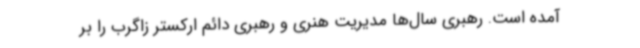
آمده است. رهبری سال‌ها مدیریت هنری و رهبری دائم ارکستر زاگرب را بر